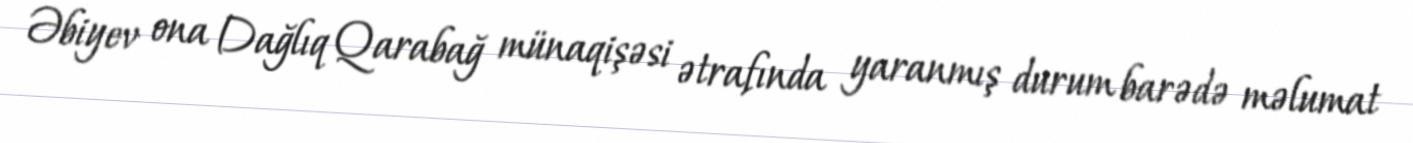
Əbiyev ona Dağlıq Qarabağ münaqişəsi ətrafında yaranmış durum barədə məlumat